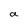
Character: a